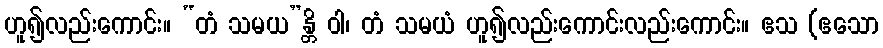
ဟူ၍လည်းကောင်း။ “တံ သမယ”န္တိ ဝါ၊ တံ သမယံ ဟူ၍လည်းကောင်းလည်းကောင်း။ ဧသ (ဧသော